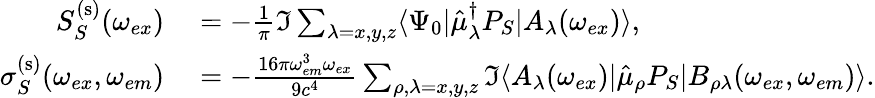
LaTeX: \begin{array}{rl}{S_{S}^{\mathrm{(s)}}(\omega_{ex})}&{{}=-\frac{1}{\pi}\Im\sum_{\lambda=x,y,z}\langle\Psi_{0}|\hat{\mu}_{\lambda}^{\dagger}P_{S}|A_{\lambda}(\omega_{ex})\rangle,}\\ {\sigma_{S}^{\mathrm{(s)}}(\omega_{ex},\omega_{em})}&{{}=-\frac{16\pi\omega_{em}^{3}\omega_{ex}}{9c^{4}}\sum_{\rho,\lambda=x,y,z}\Im\langle A_{\lambda}(\omega_{ex})|\hat{\mu}_{\rho}P_{S}|B_{\rho\lambda}(\omega_{ex},\omega_{em})\rangle.}\end{array}